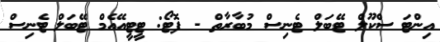
އިންޓަ ސްކޫލް ޓޭބަލް ޓެނިސް މުބާރާތް - ފޮޓޯ: ޓީޓީއޭއެމް ޓޭބަލް ޓެނިސް